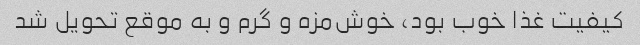
کیفیت غذا خوب بود، خوش‌مزه و گرم و به موقع تحویل شد